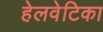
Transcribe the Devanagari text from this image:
हेलवेटिका